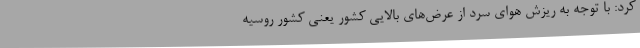
کرد: با توجه به ریزش هوای سرد از عرض‌های بالایی کشور یعنی کشور روسیه